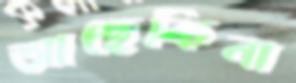
আছেকিনা